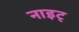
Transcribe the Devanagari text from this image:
नाइट्